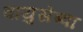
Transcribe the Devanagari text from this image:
वायुसेब्वा